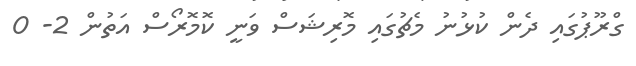
ގްރޫޕުގައި ދެން ކުޅުނު މެޗުގައި މޮރިޝަސް ވަނީ ކޮމޮރޯސް އަތުން 2- 0